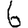
Digit: 6